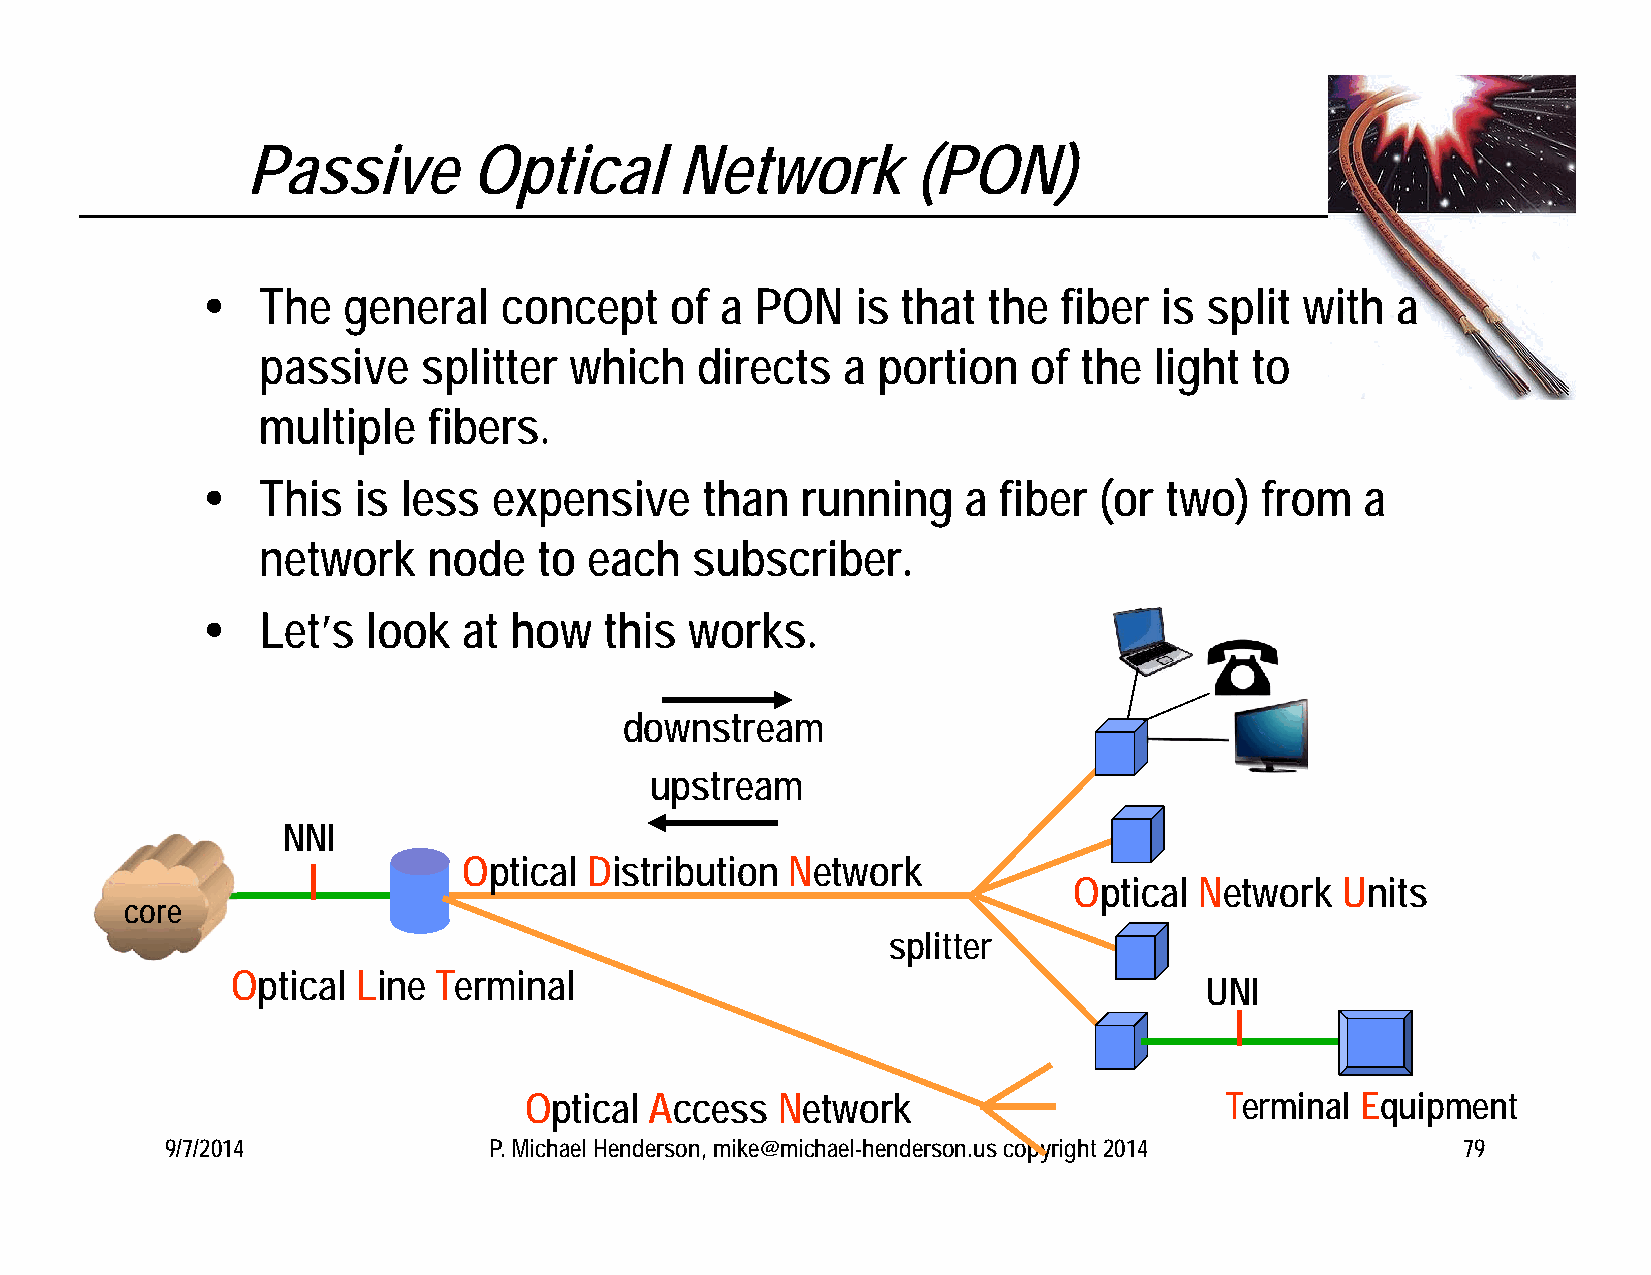
Passive        Optical       Network         (PON)
    The   general   concept    of  a PON    is that the  fiber  is split with  a
 passive    splitter  which   directs   a portion   of the  light  to
 multiple   fibers.
    This  is less   expensive    than   running    a fiber  (or two)  from   a
 network    node    to each   subscriber.
    Let’s  look   at how   this  works.
 downstream
 upstream
 NNI
 Optical Distribution Network
 Optical Network   Units
 core
 splitter
 Optical  Line Terminal
 UNI
 Optical Access  Network                       Terminal Equipment
 9/7/2014             P. Michael Henderson, mike@michael-henderson.us copyright 2014   79